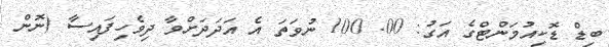
ބިޑް ޑޮކިއުމަންޓްގެ އަގު: 00. 100 ނުވަތަ އެ އަދަދަށްވާ ދިވެހިފައިސާ (ނޮން